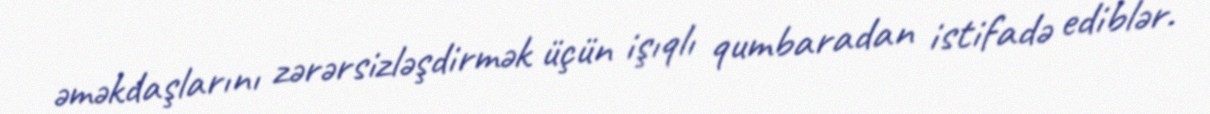
əməkdaşlarını zərərsizləşdirmək üçün işıqlı qumbaradan istifadə ediblər.